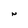
Character: N